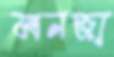
মনজা